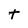
Character: t